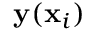
{ \bf y } ( { \bf x } _ { i } )